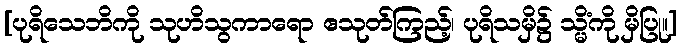
[ပုရိသေဘိကို သုဟိသွကာရော ဧသုတ်ကြည့်၊ ပုရိသမှိ၌ သ္မိံကို မှိပြု။]